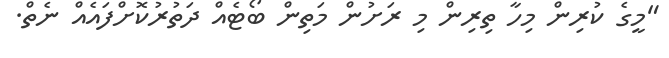
"މީގެ ކުރިން މިހާ ތިރިން މި ރަށުން މަތިން ބޯޓެއް ދަތުރުކޮށްފައެއް ނެތް.